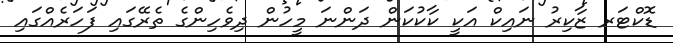
ޑޮކްޓަރ ޒާކިރު ނައިކް އަކީ ކާކުކަން ދަންނަ މީހުން ދިވެހިންގެ ތެރޭގައި ފަހަރެއްގައި